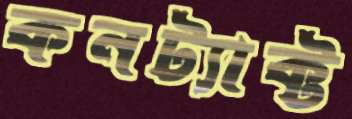
কনট্যাক্ট